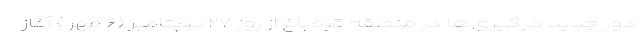
دور جدید درگیری‌ها در منطقه قره‌باغ از روز ۲۷ سپتامبر (۶ مهر ) آغاز